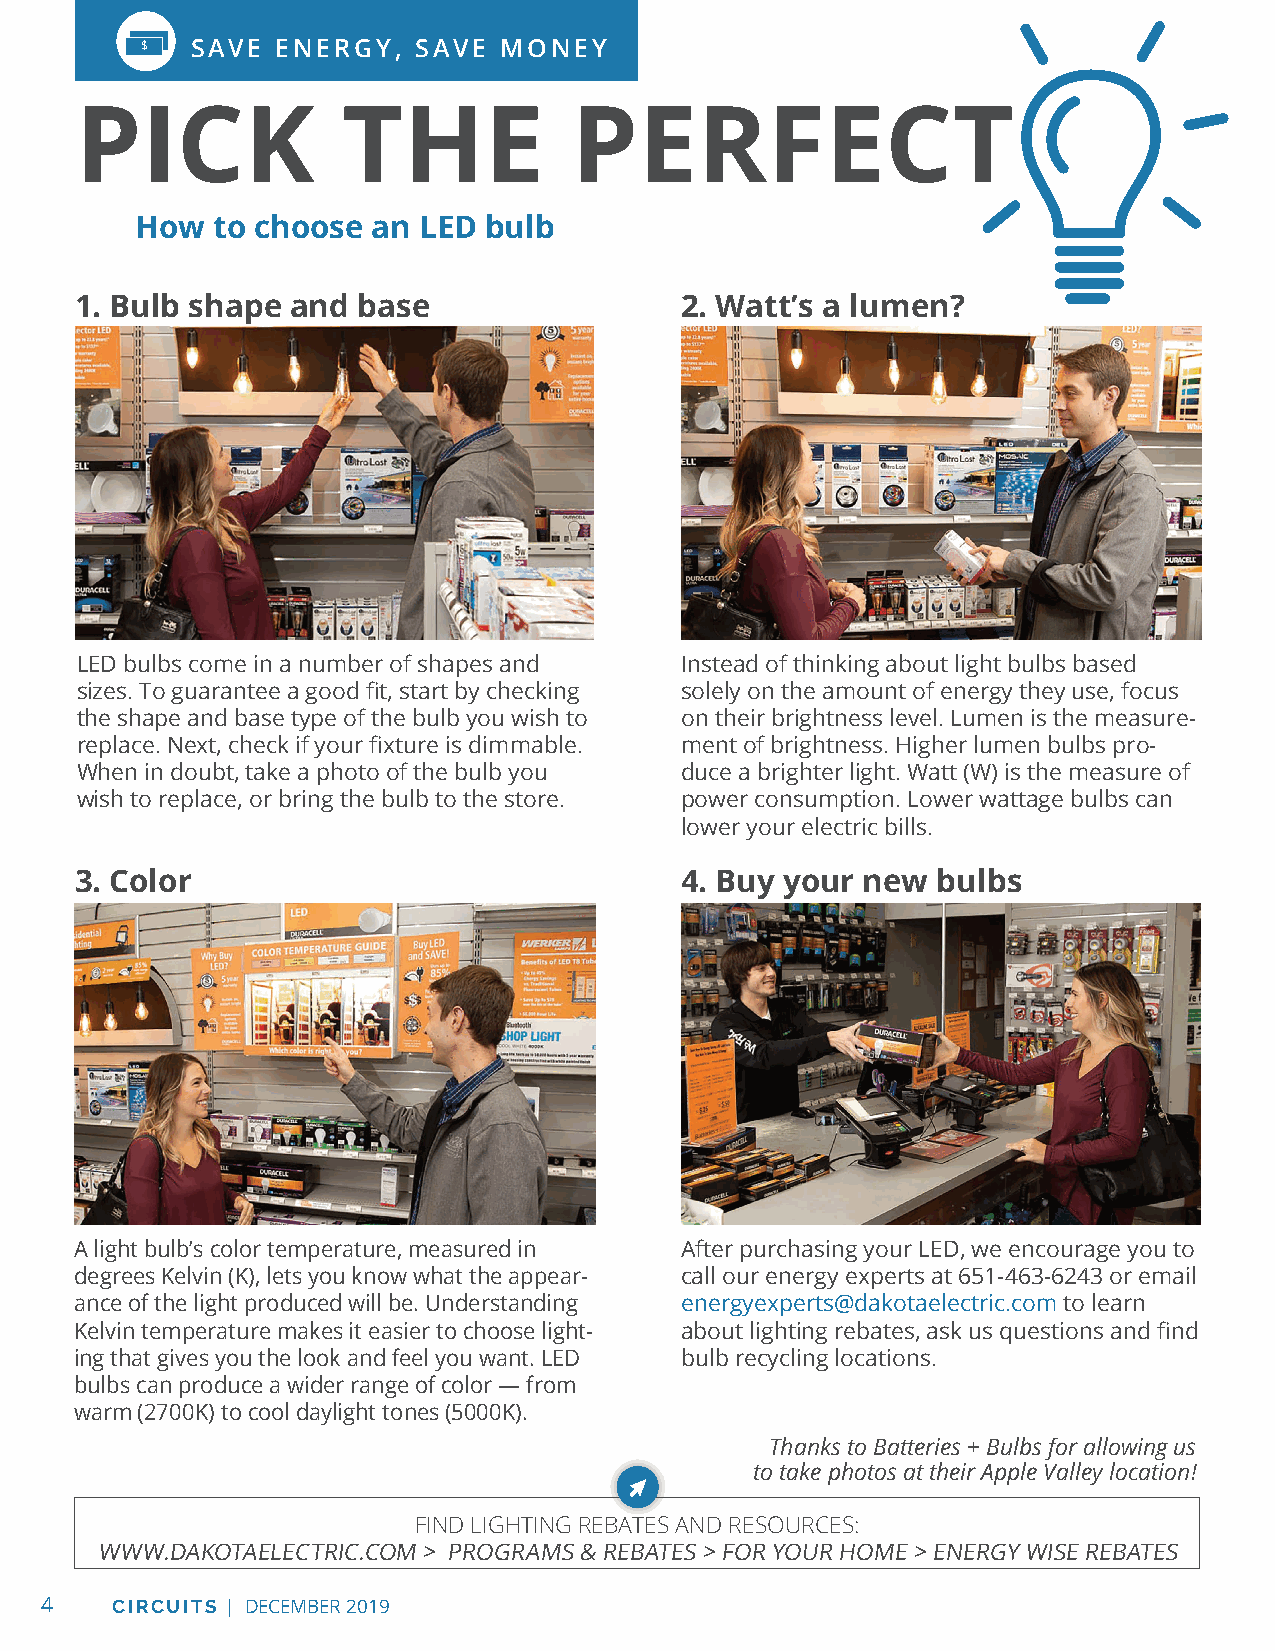
SAVE ENERGY,  SAVE  MONEY
 PICK              THE            PERFECT
 How  to choose  an LED bulb
 1. Bulb shape and  base                 2. Watt’s a lumen?
 LED bulbs come in a number of shapes and Instead of thinking about light bulbs based
 sizes. To guarantee a good fit, start by checking solely on the amount of energy they use, focus
 the shape and base type of the bulb you wish to on their brightness level. Lumen is the measure-
 replace. Next, check if your fixture is dimmable. ment of brightness. Higher lumen bulbs pro-
 When in doubt, take a photo of the bulb you duce a brighter light. Watt (W) is the measure of
 wish to replace, or bring the bulb to the store. power consumption. Lower wattage bulbs can
 lower your electric bills.
 3. Color                                4. Buy your new  bulbs
 A light bulb’s color temperature, measured in After purchasing your LED, we encourage you to
 degrees Kelvin (K), lets you know what the appear- call our energy experts at 651-463-6243 or email
 ance of the light produced will be. Understanding energyexperts@dakotaelectric.com to learn
 Kelvin temperature makes it easier to choose light- about lighting rebates, ask us questions and find
 ing that gives you the look and feel you want. LED bulb recycling locations.
 bulbs can produce a wider range of color — from
 warm (2700K) to cool daylight tones (5000K).
 Thanks to Batteries + Bulbs for allowing us
 to take photos at their Apple Valley location!
 FIND LIGHTING REBATES AND RESOURCES:
 WWW.DAKOTAELECTRIC.COM > PROGRAMS & REBATES > FOR YOUR HOME > ENERGY WISE REBATES
 4   CIRCUITS | DECEMBER 2019